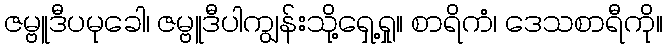
ဇမ္ဗူဒီပမုခေါ၊ ဇမ္ဗူဒီပါကျွန်းသို့ရှေ့ရှု။ စာရိကံ၊ ဒေသစာရီကို။